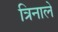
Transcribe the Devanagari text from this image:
त्रिनाले